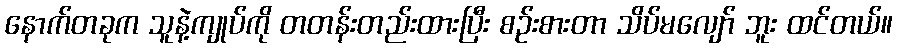
နောက်တခုက သူနဲ့ကျုပ်ကို တတန်းတည်းထားပြီး စဉ်းစားတာ သိပ်မလျော် ဘူး ထင်တယ်။